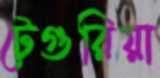
টেগুরিয়া